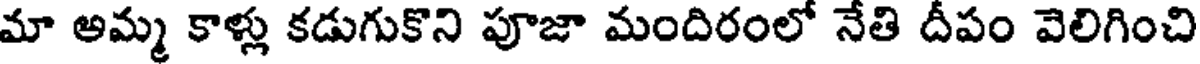
మా అమ్మ కాళ్లు కడుగుకొని పూజా మందిరంలో నేతి దీపం వెలిగించి